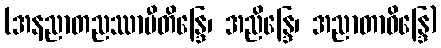
(အနညာတညဿာမီတိန္ဒြေ၊ အညိန္ဒြေ၊ အညာတာဝိန္ဒြေ)